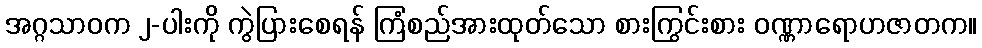
အဂ္ဂသာဝက ၂-ပါးကို ကွဲပြားစေရန် ကြံစည်အားထုတ်သော စားကြွင်းစား ဝဏ္ဏာရောဟဇာတက။